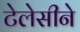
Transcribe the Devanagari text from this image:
टेलेसीने